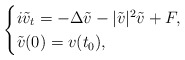
\begin{align*}\begin{cases}i\tilde{v}_{t}=-\Delta \tilde{v}-|\tilde{v}|^{2}\tilde{v}+F,\\\tilde{v}(0)=v(t_{0}),\end{cases}\end{align*}